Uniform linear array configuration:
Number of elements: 4
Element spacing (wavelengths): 0.25
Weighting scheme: binomial
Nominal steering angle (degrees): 15
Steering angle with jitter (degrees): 13.385
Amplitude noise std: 0.05
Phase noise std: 0.05

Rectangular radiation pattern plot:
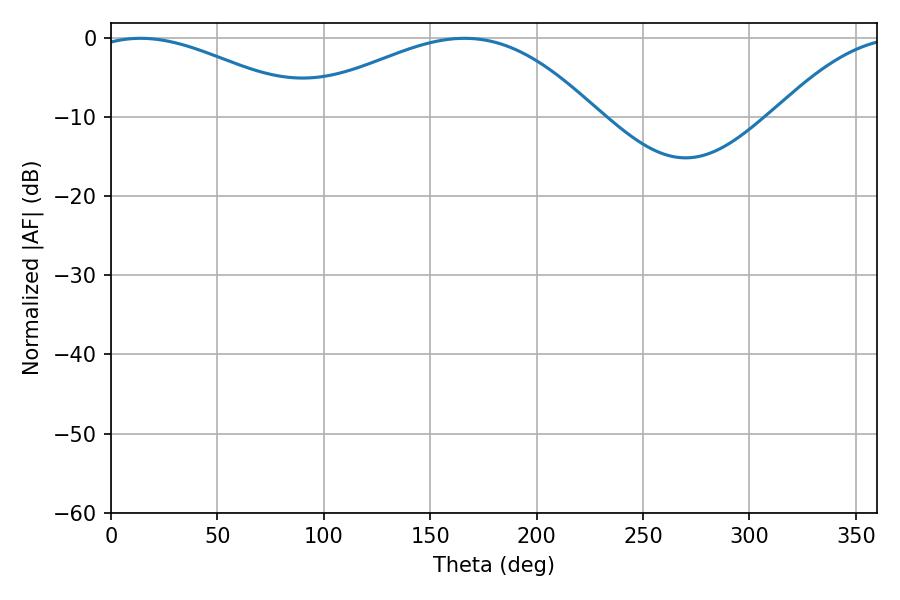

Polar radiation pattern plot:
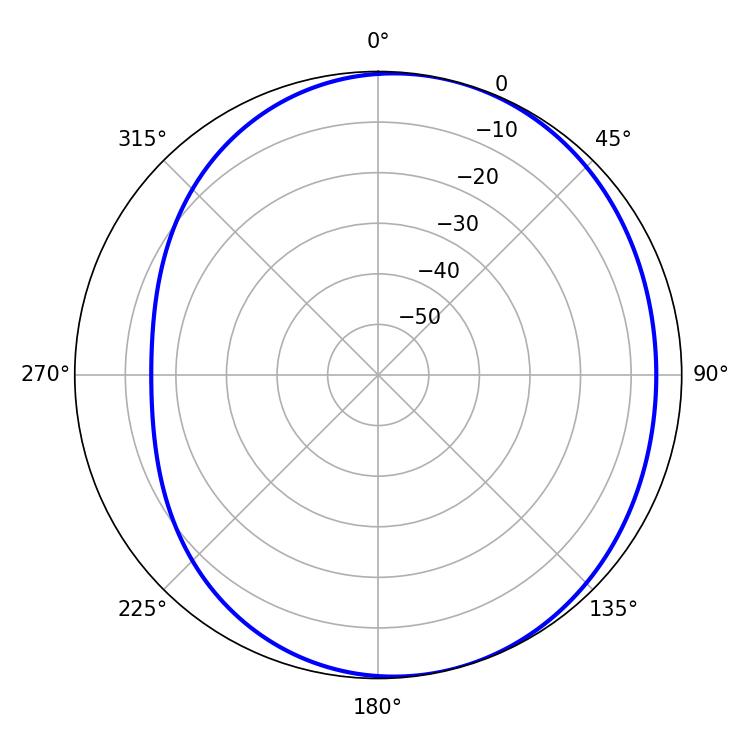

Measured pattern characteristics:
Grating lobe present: FALSE
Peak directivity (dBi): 4.039
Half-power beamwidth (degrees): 56.7
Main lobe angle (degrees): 13.86